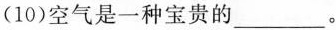
(10)空气是一种宝贵的___。